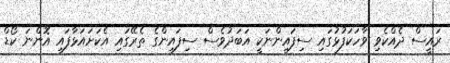
ރައީސް ދެއްކެވި ވާހަކަފުޅުގައި ސިފައިންނަކީ އަބަދުވެސް ސިފައިންގެ ތެރޭގައި އެކަށައަޅާފައި އޮންނަ ކޯޑް